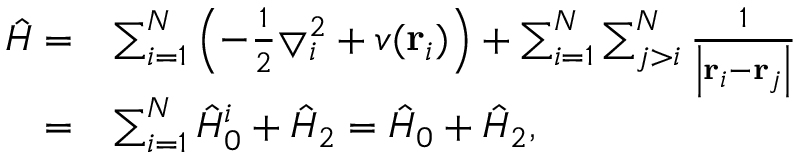
\begin{array} { r } { \begin{array} { r l } { \hat { H } = } & { \sum _ { i = 1 } ^ { N } \left( - \frac { 1 } { 2 } \bigtriangledown _ { i } ^ { 2 } + v ( \mathbf { r } _ { i } ) \right) + \sum _ { i = 1 } ^ { N } \sum _ { j > i } ^ { N } \frac { 1 } { \left| \mathbf { r } _ { i } - \mathbf { r } _ { j } \right| } } \\ { = } & { \sum _ { i = 1 } ^ { N } \hat { H } _ { 0 } ^ { i } + \hat { H } _ { 2 } = \hat { H } _ { 0 } + \hat { H } _ { 2 } , } \end{array} } \end{array}